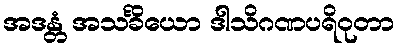
အဒန္တံ အသင်္ခိယော ဒါသိဂဏပရိဝုတာ